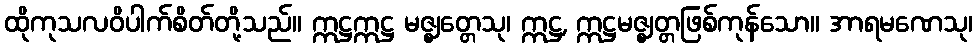
ထိုကုသလဝိပါက်စိတ်တို့သည်။ ဣဋ္ဌဣဋ္ဌ မဇ္ဈတ္တေသု၊ ဣဋ္ဌ, ဣဋ္ဌမဇ္ဈတ္တဖြစ်ကုန်သော။ အာရမဏေသု၊